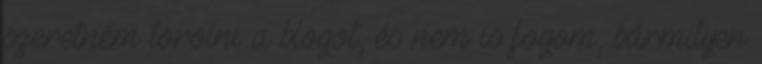
szeretném törölni a blogot, és nem is fogom, bármilyen